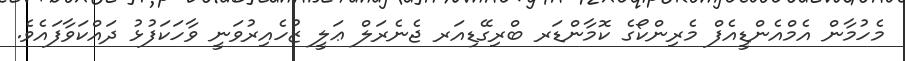
މެހުމާން އެމްއެންޑީއެފް މެރިންކޯގެ ކޮމާންޑަރ ބްރިގޭޑިއަރ ޖެނެރަލް ޢަލީ ޒުހެއިރުވަނީ ވާހަކަފުޅު ދައްކަވާފައެވެ.